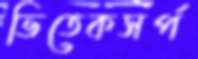
ভিতেকসর্প